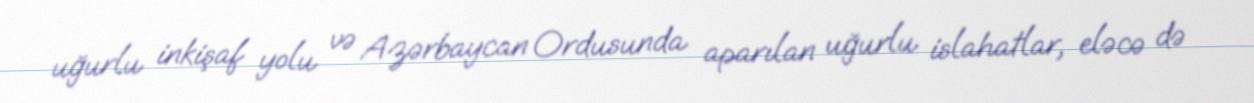
uğurlu inkişaf yolu və Azərbaycan Ordusunda aparılan uğurlu islahatlar, eləcə də